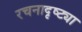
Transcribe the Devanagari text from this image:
रचनादृष्ट्या